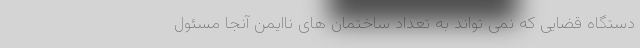
دستگاه قضایی که نمی تواند به تعداد ساختمان های ناایمن آنجا مسئول